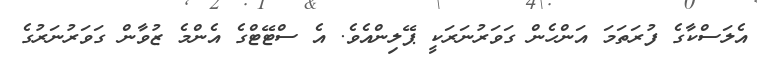
އެލަސްކާގެ ފުރަތަމަ އަންހެން ގަވަރުނަރަކީ ޕޭލިންއެވެ. އެ ސްޓޭޓްގެ އެންމެ ޒުވާން ގަވަރުނަރުގެ